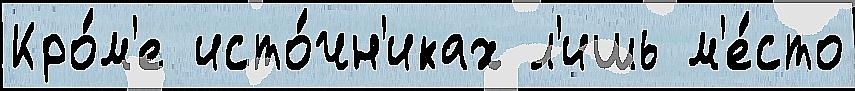
Кро́м'е исто́чн'иках л'ишь м'е́сто